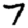
Digit: 7